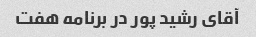
آقای رشید پور در برنامه هفت